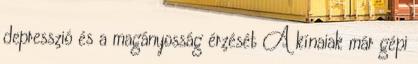
depresszió és a magányosság érzését A kínaiak már gépi